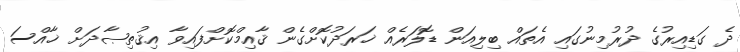
ދެ ގަޑިއިރުގެ ދުރުމިނުގައި އެތައް ބިލިއަން ޑޮލަރެއް ޚަރަދުކޮށްގެން ޤާއިމްކޮށްފައިވާ އިޤުތިޞާދަށް ޚާއްސަ